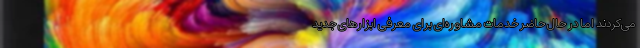
می‌کردند اما در حال حاضر خدمات مشاوره‌ای برای معرفی ابزارهای جدید